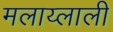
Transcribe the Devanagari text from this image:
मलाय्लाली